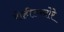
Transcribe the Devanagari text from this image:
रोहीडखोरे